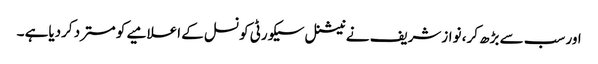
اور سب سے بڑھ کر، نوازشریف نے نیشنل سیکورٹی کونسل کے اعلامیے کو مسترد کردیاہے ۔